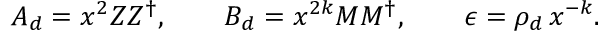
A _ { d } = x ^ { 2 } Z Z ^ { \dag } , \qquad B _ { d } = x ^ { 2 k } M M ^ { \dag } , \qquad \epsilon = \rho _ { d } \, x ^ { - k } .